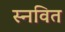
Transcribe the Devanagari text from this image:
स्नवित